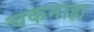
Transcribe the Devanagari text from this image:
चकनाहा